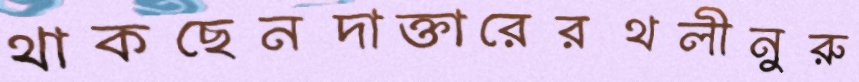
থাকছেনদাক্তারেরথলীনুরু